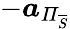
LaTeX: -\boldsymbol{a}_{\mathit{\Pi}_{\overline{{S}}}}